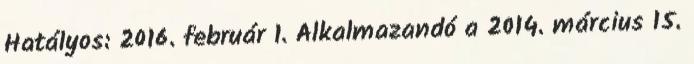
Hatályos: 2016. február 1. Alkalmazandó a 2014. március 15.